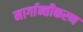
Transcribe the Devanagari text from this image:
मार्गान्तीकरण